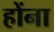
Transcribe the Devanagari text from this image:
होंना